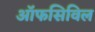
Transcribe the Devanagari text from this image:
ऑफसिविल